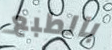
بالطبع